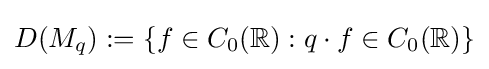
D(M_{q}):=\{f\in C_{0}(\mathbb {R} ):q\cdot f\in C_{0}(\mathbb {R} )\}